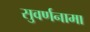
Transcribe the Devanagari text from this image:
सुवर्णनामा